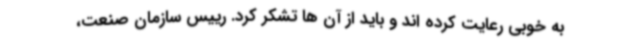
به خوبی رعایت کرده اند و باید از آن ها تشکر کرد. رییس سازمان صنعت،